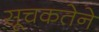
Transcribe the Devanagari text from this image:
सूचकतेने